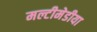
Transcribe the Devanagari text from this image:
मल्टीमेडीया